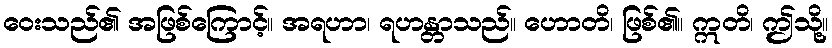
ဝေးသည်၏ အဖြစ်ကြောင့်။ အရဟာ၊ ရဟန္တာသည်။ ဟောတိ၊ ဖြစ်၏။ ဣတိ၊ ဤသို့။